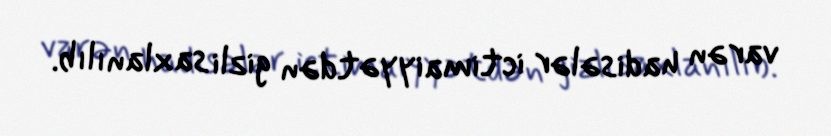
varən hadisələr ictimaiyyətdən gizli saxlanılıb.